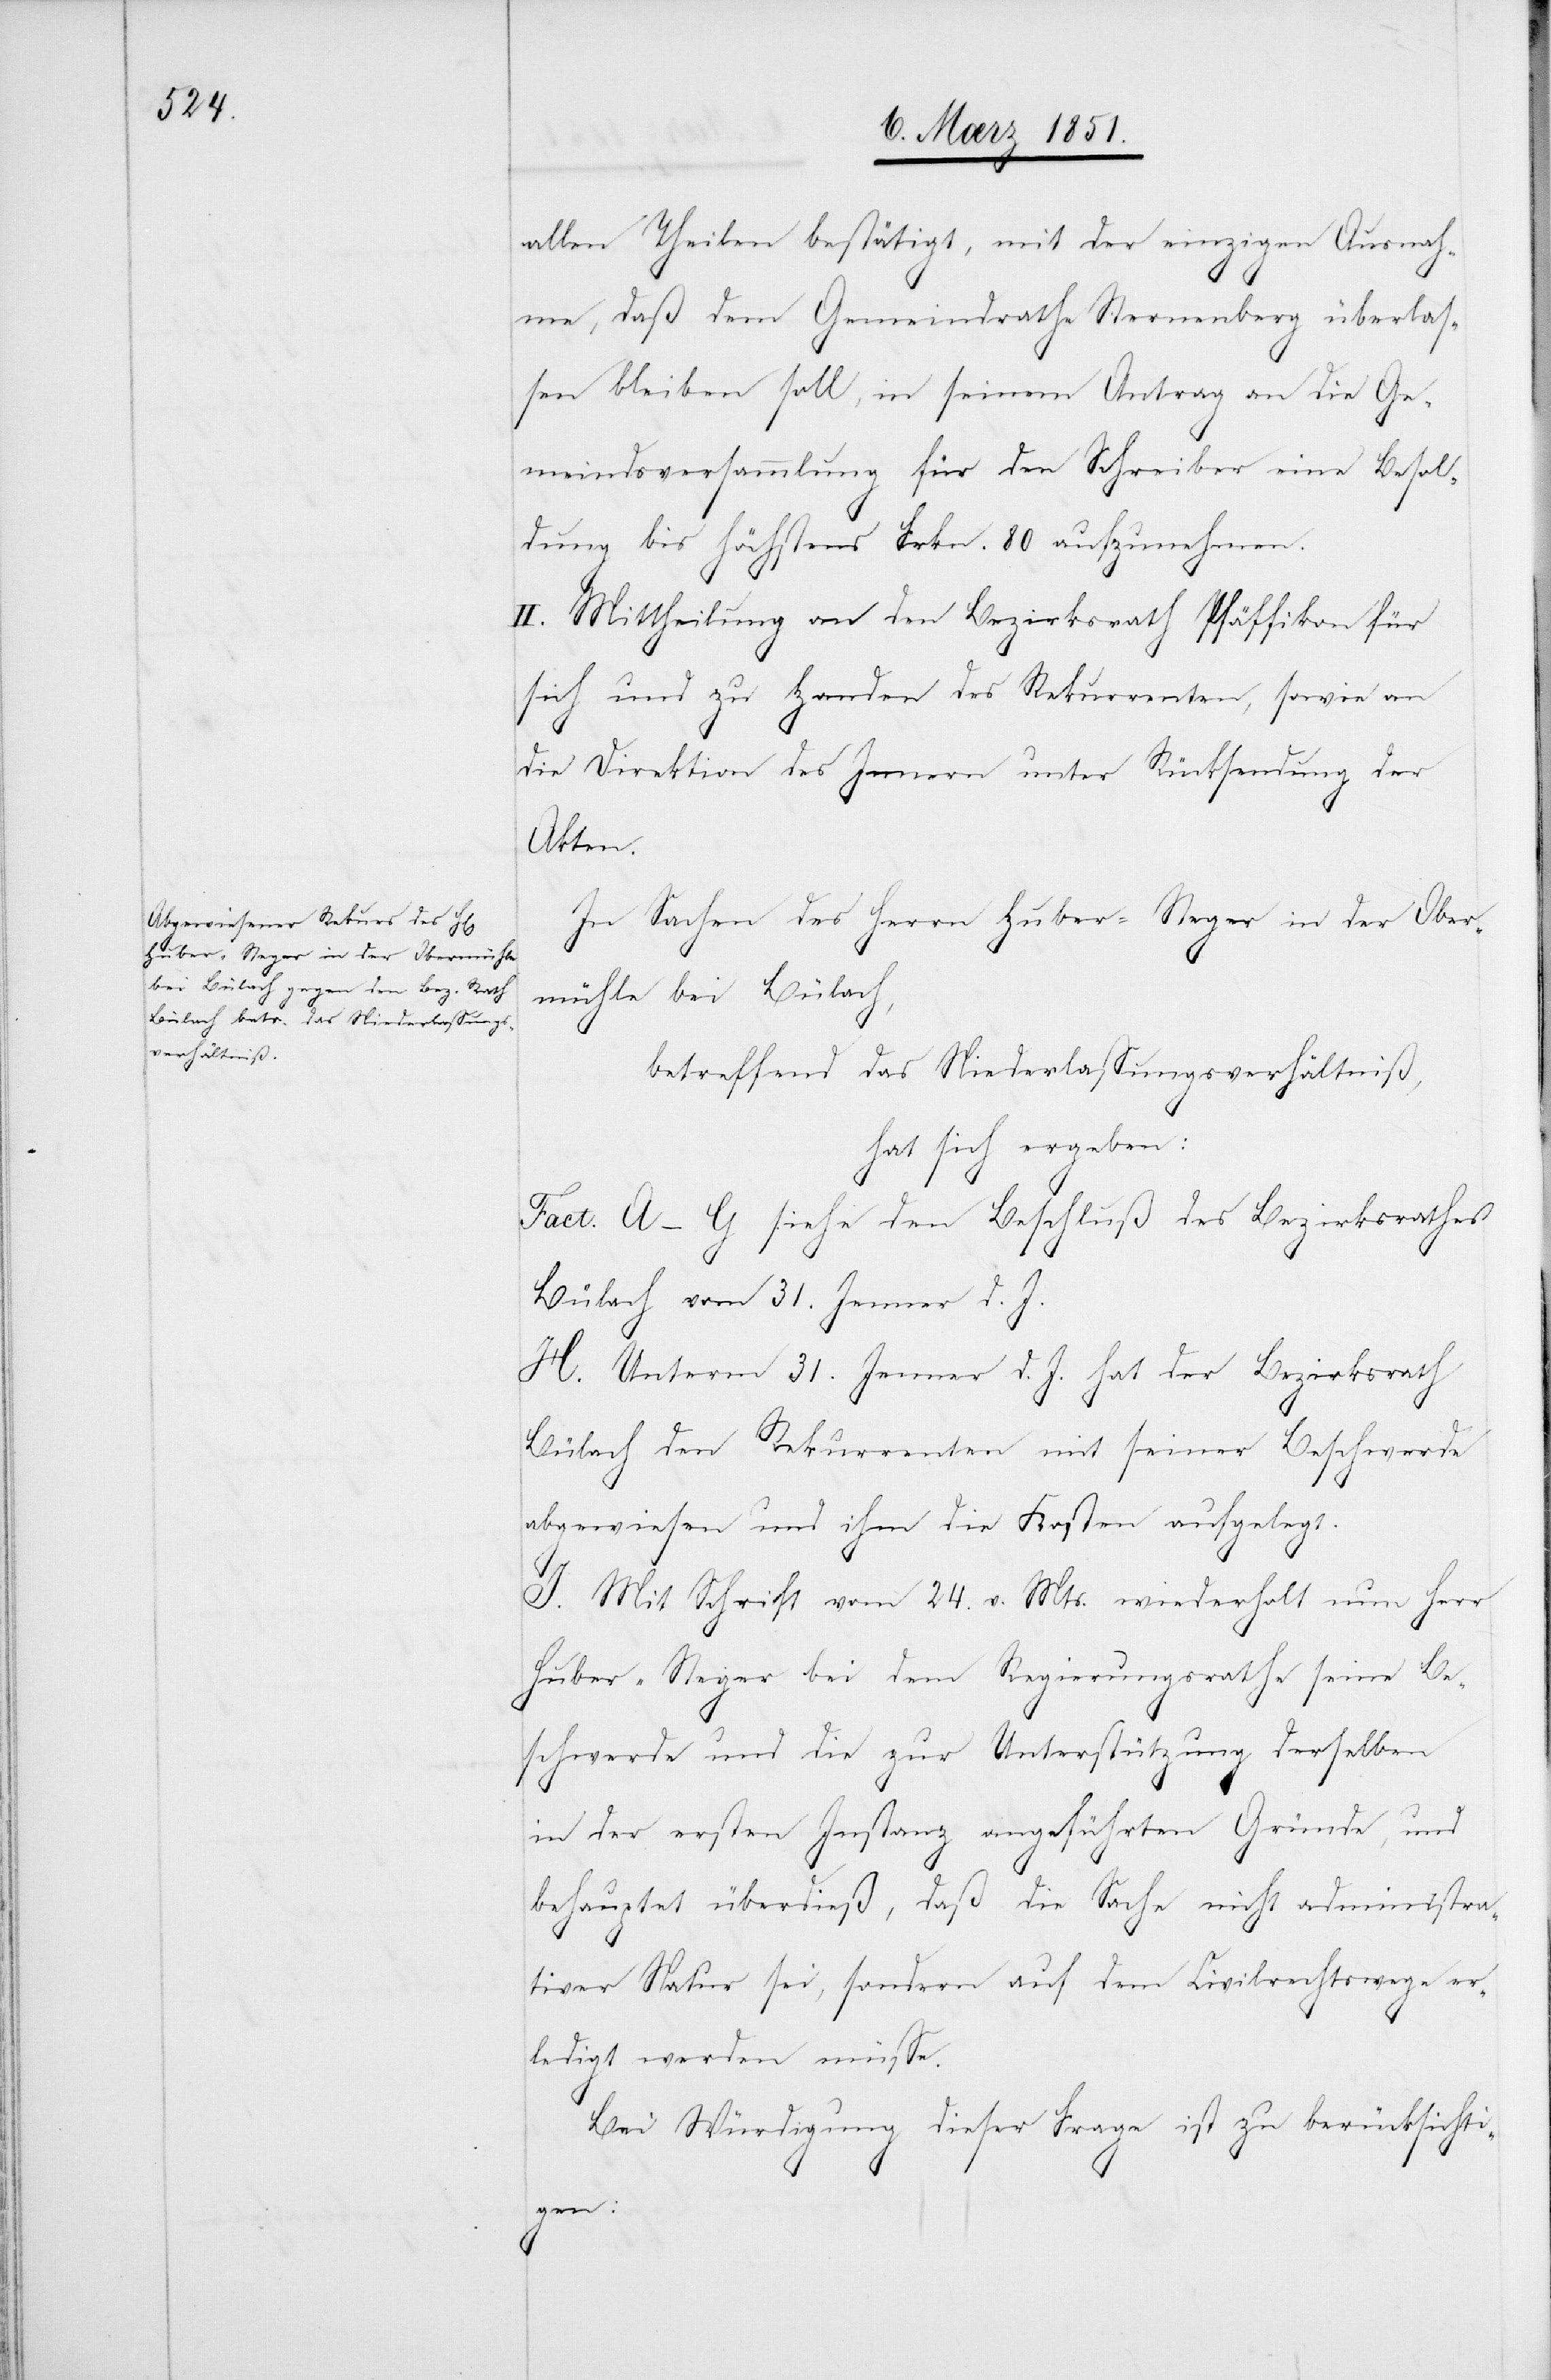
allen Theilen bestätigt, mit der einzigen Ausnah¬
me, daß dem Gemeindrathe Sternenberg überlas¬
sen bleiben soll, in seinem Antrag an die Ge¬
meindsversammlung für den Schreiber eine Besol¬
dung bis höchstens Frkn. 80 aufzunehmen.
II. Mittheilung an den Bezirksrath Pfäffikon für
sich und zu Handen des Rekurrenten, sowie an
die Direktion des Innern unter Rücksendung der
Akten.
In Sachen des Herrn Huber-Steger in der Ober¬
mühle bei Bülach,
betreffend das Niederlassungsverhältniß,
hat sich ergeben:
Fact. A–G siehe den Beschluß des Bezirksrathes
Bülach vom 31. Jenner d. J.
H. Unterm 31. Jenner d. J. hat der Bezirksrath
Bülach den Rekurrenten mit seiner Beschwerde
abgewiesen und ihm die Kosten aufgelegt.
I. Mit Schrift vom 24. v. Mts. wiederholt nun Herr
Huber-Steger bei dem Regierungsrathe seine Be¬
schwerde und die zur Unterstützung derselben
in der ersten Instanz angeführten Gründe, und
behauptet überdieß, daß die Sache nicht administra¬
tiver Natur sei, sondern auf dem Civilrechtswege er¬
ledigt werden müsse.
Bei Würdigung dieser Frage ist zu berücksichti¬
gen: